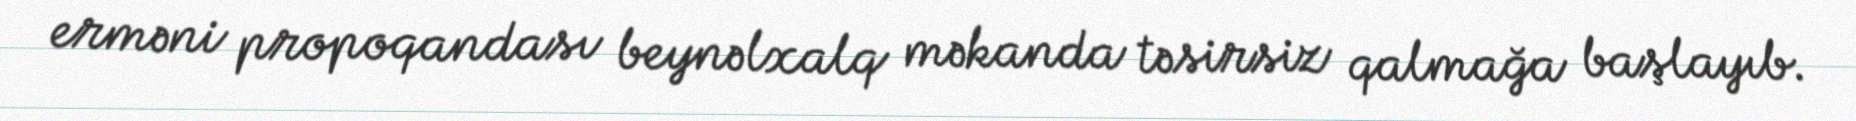
erməni propoqandası beynəlxalq məkanda təsirsiz qalmağa başlayıb.